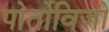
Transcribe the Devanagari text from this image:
पोर्तोविजो